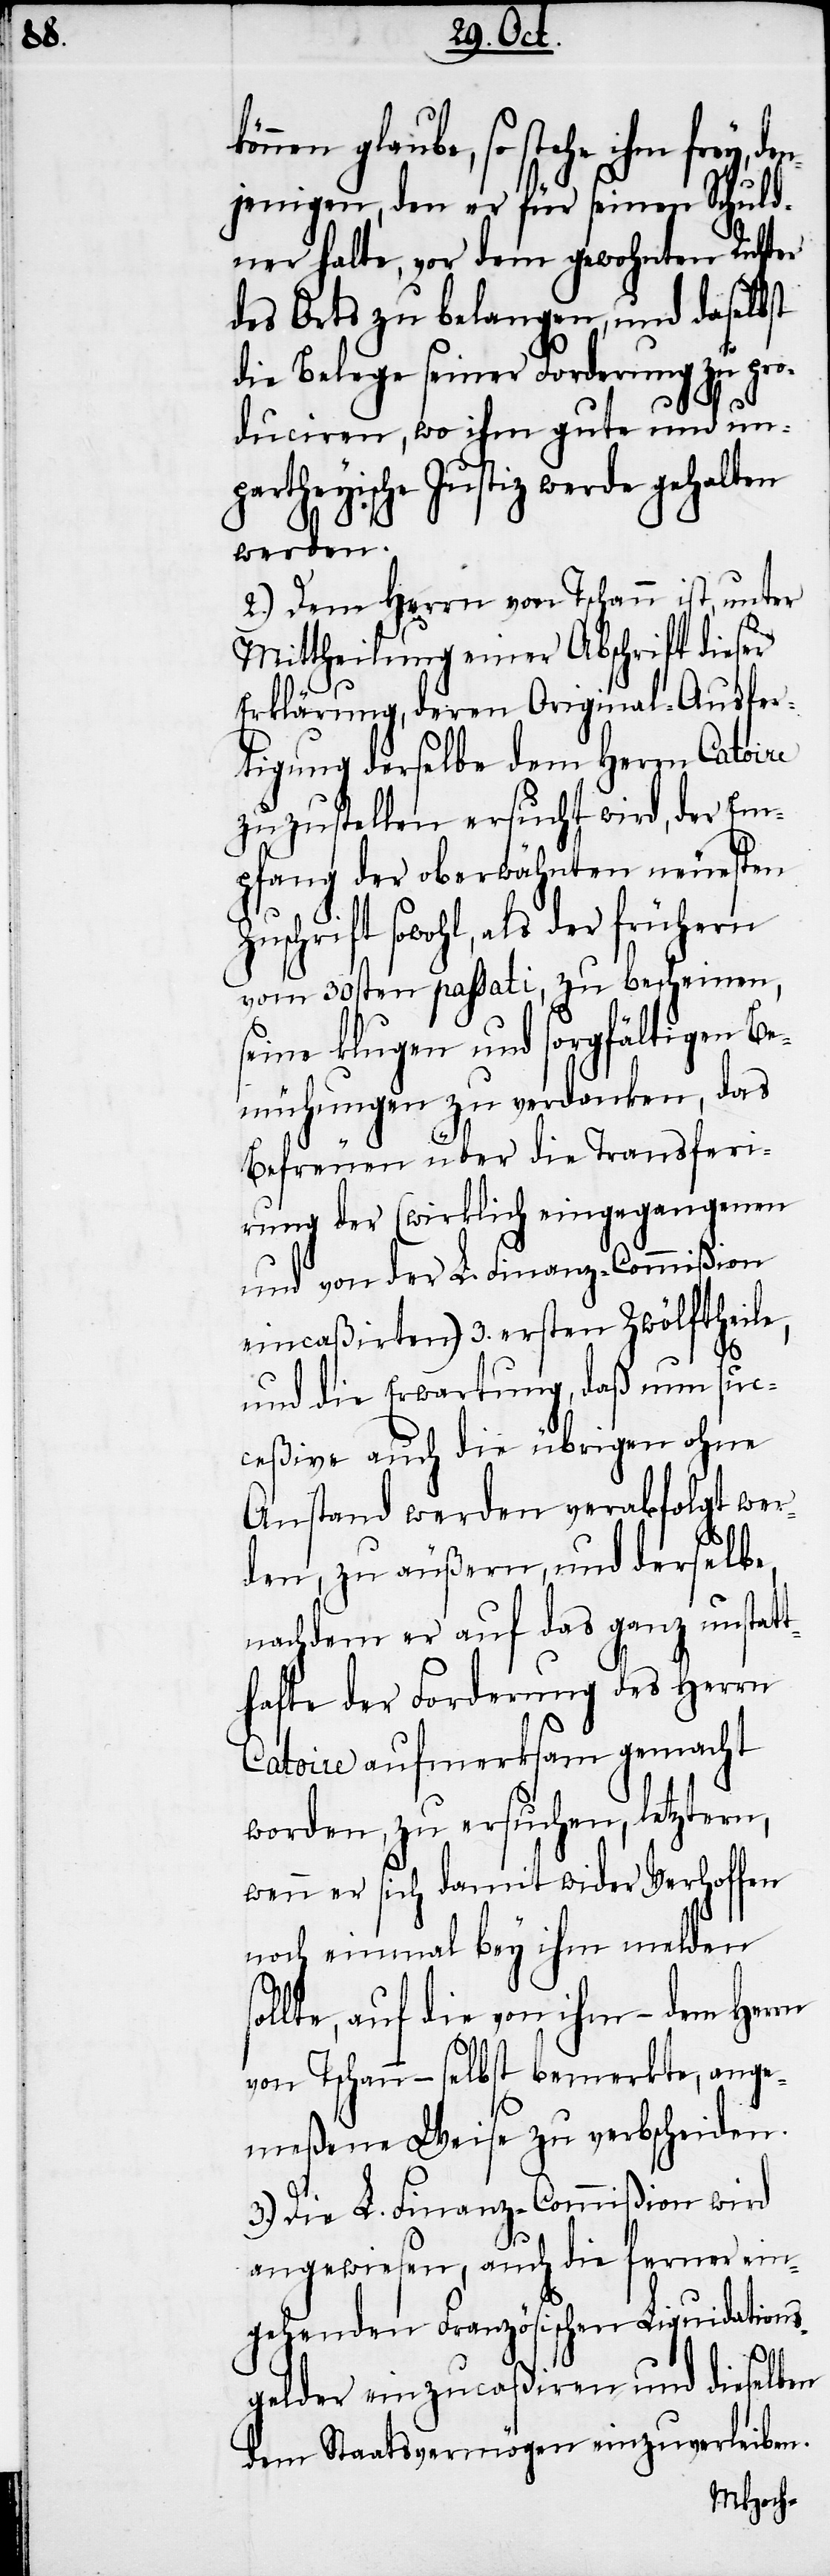
s¬

nen glaube, so stehe ihm frey,
jenigen, den er für seinen Schuld¬
ner halte, vor dem gewohnten Richter
des Orts zu belangen, und daselbst
die Belege seiner Forderung zu pro¬
duciren, wo ihm gute und unp¬
artheyische Justiz werde gehalten
2.) Dem Herrn von Tschann ist, unter
Mittheilung einer Abschrift dieser
Erklärung, deren Original-Ausfer¬
tigung derselbe dem Herrn Catoire
zuzustellen ersucht wird, der Em¬
pfang der oberwähnten neuesten
schrift sowohl, als der frühern
vom 30sten passati, zu bescheinen,
seine klugen und sorgfältigen Be¬
mühungen zu verdanken, das
Befreuen über die Transferi¬
rung der (wirklich eingegangenen
und von der L. Finanz-Commißion
eincaßirten) 3. ersten Zwölftheile,
und die Erwartung, daß nun suc¬
ceßive auch die übrigen ohne
Anstand werden verabfolgt wer¬
den, zu äußern, und derselbe,
nachdem er auf das ganz unstat¬
thafte der Forderung des Herrn
Catoire aufmerksam gemacht
worden, zu ersuchen, letztern,
wenn er sich damit wider Verhoffen
noch einmal bey ihm melden
ollte, auf die von ihm – dem Herrn
von Tschann – selbst bemerkte, ange¬
meßene Weise zu verbscheiden.
3.) Die L. Finanz-Commißion wird
angewiesen, auch die ferner ein¬
gehenden Französischen Liquidations¬
gelder einzucaßiren und dieselben
dem Staatsvermögen einzuverleiben.